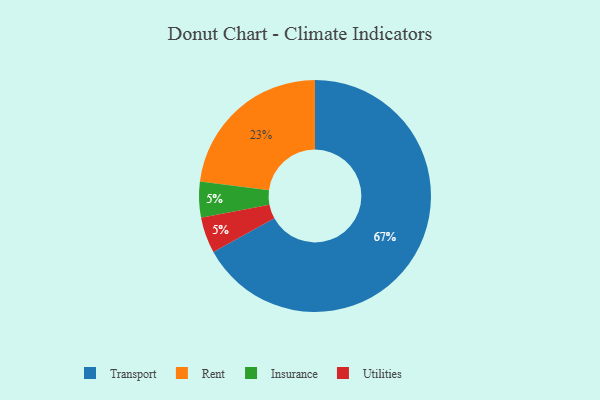
{"axis": {"x": "Category", "y": "Percentage"}, "legend": ["Insurance", "Rent", "Transport", "Utilities"], "data": [{"x": "Rent", "y": 23, "type": "Rent"}, {"x": "Insurance", "y": 5, "type": "Insurance"}, {"x": "Utilities", "y": 5, "type": "Utilities"}, {"x": "Transport", "y": 67, "type": "Transport"}]}